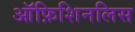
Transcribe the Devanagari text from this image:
ऑफ़िशिनलिस